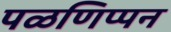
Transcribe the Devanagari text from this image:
पळणिप्पन